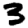
Digit: 3